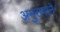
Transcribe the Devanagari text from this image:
अनुरागाने